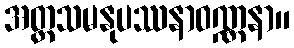
အတ္တသမနုပဿနာဝဏ္ဏနာ။